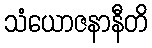
သံယောဇနာနီတိ